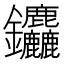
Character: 𮣱